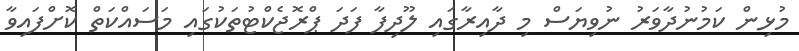
މުޅިން ކަމުނުދާވަރު ނުވިޔަސް މި ދާއިރާގައި ލޫދިފާ ފަދަ ޕްރޮޖެކްޓުތަކުގައި މަސައްކަތް ކޮށްފައިވާ